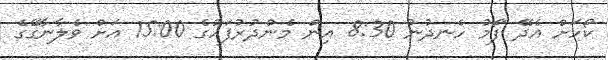
ކޯހަށް އެދޭ ފޯމު ހެނދުނު 8:30 އިން މެންދުރުފަހުގެ 15:00 އަށް ވެލާނާގޭގެ